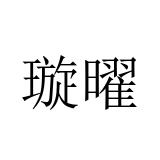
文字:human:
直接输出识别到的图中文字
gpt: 璇曜